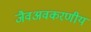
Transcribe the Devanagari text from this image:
जैवअवकरणीय